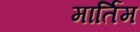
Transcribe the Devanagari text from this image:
मार्तिम